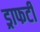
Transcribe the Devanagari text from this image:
ड्राफटी